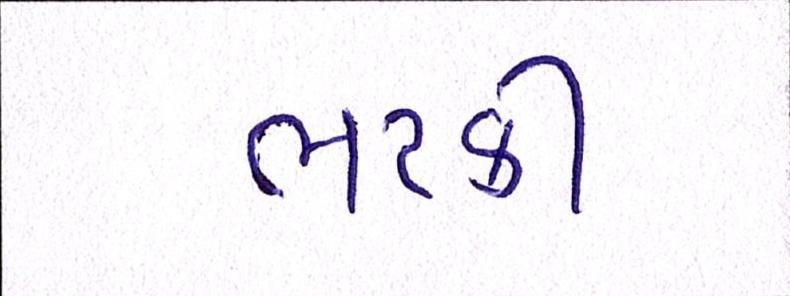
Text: ભટકી